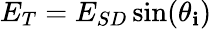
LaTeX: E_{T}=E_{SD}\sin(\theta_{\mathbf{i}})